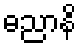
ဓညာနိ